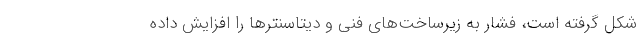
شکل گرفته است، فشار به زیرساخت‌های فنی و دیتاسنترها را افزایش داده